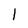
Character: 1